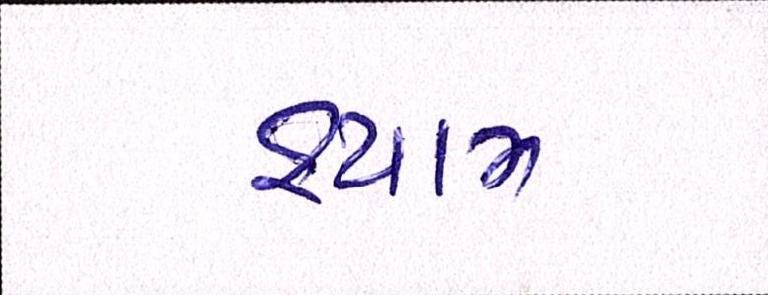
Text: શ્યામ